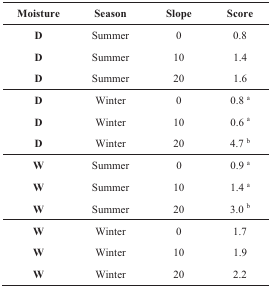
<table><thead><tr><td><b>Moisture</b></td><td><b>Season </b></td><td><b>Slope</b></td><td><b>Score</b></td></tr></thead><tbody><tr><td><b>D</b></td><td>Summer</td><td>0</td><td>0.8</td></tr><tr><td><b>D</b></td><td>Summer</td><td>10</td><td>1.4</td></tr><tr><td><b>D</b></td><td>Summer</td><td>20</td><td>1.6</td></tr><tr><td><b>D</b></td><td>Winter</td><td>0</td><td>0.8 <sup>a</sup></td></tr><tr><td><b>D</b></td><td>Winter</td><td>10</td><td>0.6 <sup>a</sup></td></tr><tr><td><b>D</b></td><td>Winter</td><td>20</td><td>4.7 <sup>b</sup></td></tr><tr><td><b>W</b></td><td>Summer</td><td>0</td><td>0.9 <sup>a</sup></td></tr><tr><td><b>W</b></td><td>Summer</td><td>10</td><td>1.4 <sup>a</sup></td></tr><tr><td><b>W</b></td><td>Summer</td><td>20</td><td>3.0 <sup>b</sup></td></tr><tr><td><b>W</b></td><td>Winter</td><td>0</td><td>1.7</td></tr><tr><td><b>W</b></td><td>Winter</td><td>10</td><td>1.9</td></tr><tr><td><b>W</b></td><td>Winter</td><td>20</td><td>2.2</td></tr></tbody></table>